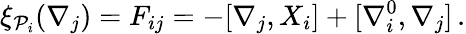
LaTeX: \xi_{{\cal P}_{i}}(\nabla_{j})=F_{ij}=-[\nabla_{j},X_{i}]+[\nabla_{i}^{0},\nabla_{j}]\, .